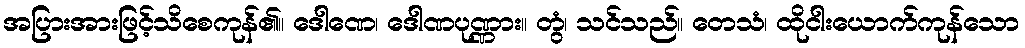
အပြားအားဖြင့်သိစေကုန်၏။ ဒေါဏေ၊ ဒေါဏပုဏ္ဏား။ တွံ၊ သင်သည်။ တေသံ၊ ထိုငါးယောက်ကုန်သော